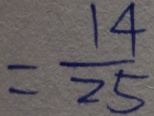
= \frac { 1 4 } { 2 5 }